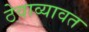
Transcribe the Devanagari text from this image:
ठेवाव्यावत